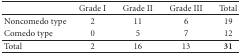
<table><thead><tr><td></td><td><b>Grade I</b></td><td><b>Grade II</b></td><td><b>Grade III</b></td><td><b>Total</b></td></tr></thead><tbody><tr><td>Noncomedo type</td><td>2</td><td>11</td><td>6</td><td>19</td></tr><tr><td>Comedo type</td><td>0</td><td>5</td><td>7</td><td>12</td></tr><tr><td>Total</td><td>2</td><td>16</td><td>13</td><td><b>31</b></td></tr></tbody></table>